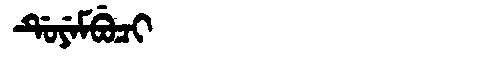
Manchu: ᡩᡠᠶᡝᠮᠪᡠᠴᡳ
Romanization: DUYEMBUCI